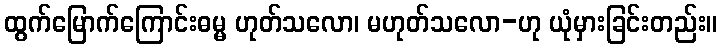
ထွက်မြောက်ကြောင်းဓမ္မ ဟုတ်သလော၊ မဟုတ်သလော-ဟု ယုံမှားခြင်းတည်း။